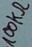
Text: 100KΩ